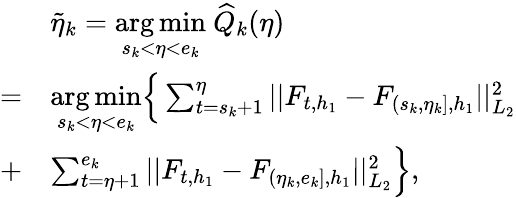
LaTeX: \begin{array}{rl}&{\widetilde{\eta}_{k}=\underset{s_{k}<\eta<e_{k}}{\arg\operatorname*{min}}\ \widehat{Q}_{k}(\eta)}\\ {=}&{\underset{s_{k}<\eta<e_{k}}{\arg\operatorname*{min}}\Big\{ \sum_{t=s_{k}+1}^{\eta}\vert\vert F_{t,h_{1}}-F_{(s_{k},\eta_{k}],h_{1}}\vert\vert_{L_{2}}^{2}}\\ {+}&{\sum_{t=\eta+1}^{e_{k}}\vert\vert F_{t,h_{1}}-F_{(\eta_{k},e_{k}],h_{1}}\vert\vert_{L_{2}}^{2}\Big\} ,}\end{array}